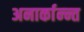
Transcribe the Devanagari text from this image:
अनार्कान्न्त